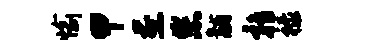
愉甲煎您黼鹑禄